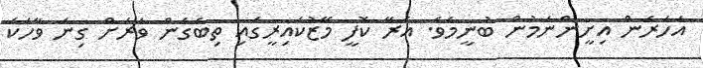
އަހަރެން އިށީންނަމުން ބުނީމެވެ. އެރޭ ކޮފީ މޭޒުކައިރީގައި ތިބެގެން ވަރަށް ގިނަ ވާހަކަ